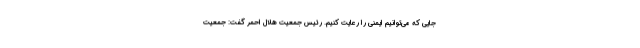
جایی که می‌توانیم ایمنی را رعایت کنیم. رئیس جمعیت هلال احمر گفت: جمعیت